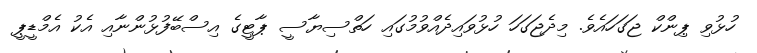
ހުޅުވި ޕިންކް ޖަގަހައެވެ. މިދެޖަގަހަ ހުޅުވައިދެއްވުމުގައި ހަތްސިޔާސީ ޕާޓީގެ އިސްބޭފުޅުންނާއި އެކު އެމްޑީޕީ